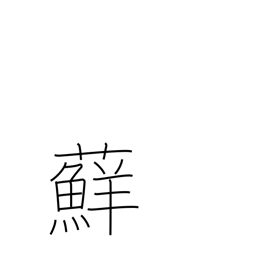
Meaning: moss